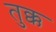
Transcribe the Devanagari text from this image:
तुक्क